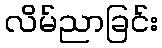
လိမ်ညာခြင်း